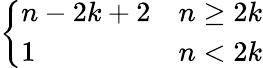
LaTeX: \left\{ \begin{array}{ll}{n-2k+2}&{n\geq 2k}\\ {1}&{n<2k}\end{array}\right.